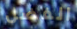
الفضل